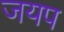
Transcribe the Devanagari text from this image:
जयप